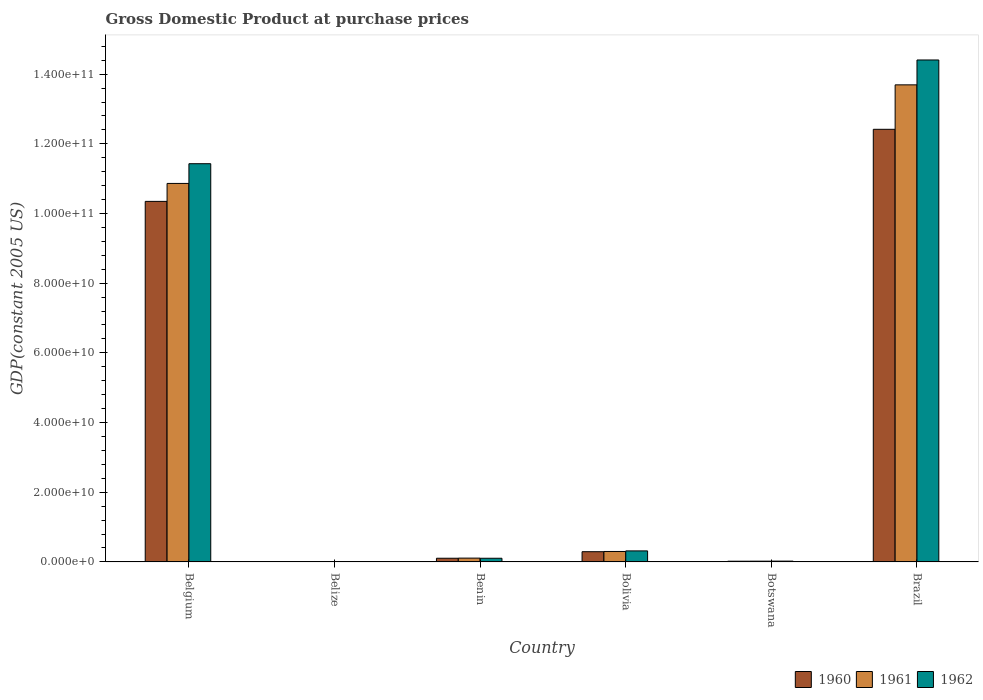
| Country | 1960 | 1961 | 1962 |
 | --- | --- | --- | --- |
 | Belgium | 1.03e+11 | 1.09e+11 | 1.14e+11 |
 | Belize | 8.94e+07 | 9.38e+07 | 9.84e+07 |
 | Benin | 1.05e+09 | 1.09e+09 | 1.05e+09 |
 | Bolivia | 2.93e+09 | 2.99e+09 | 3.16e+09 |
 | Botswana | 1.99e+08 | 2.12e+08 | 2.26e+08 |
 | Brazil | 1.24e+11 | 1.37e+11 | 1.44e+11 |